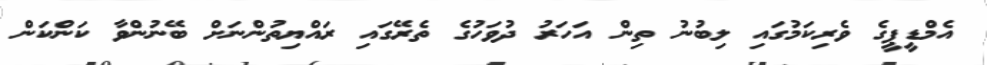
އެމްޑީޕީގެ ވެރިކަމުގައި ލިބުނު ތިން އަހަރު ދުވަހުގެ ތެރޭގައި ރައްޔިތުންނަށް ބޭނުންވާ ކަންކަން